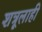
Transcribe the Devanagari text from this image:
शत्रूलाही